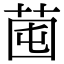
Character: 𦯁